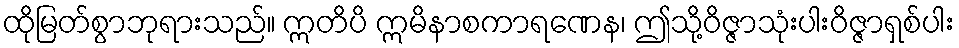
ထိုမြတ်စွာဘုရားသည်။ ဣတိပိ ဣမိနာစကာရဏေန၊ ဤသို့ဝိဇ္ဇာသုံးပါးဝိဇ္ဇာရှစ်ပါး